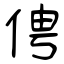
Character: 俜